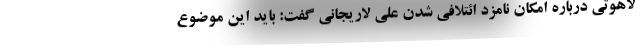
لاهوتی درباره امکان نامزد ائتلافی شدن علی لاریجانی گفت: باید این موضوع